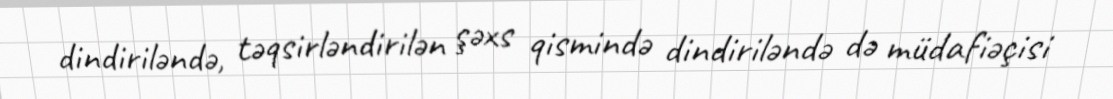
dindiriləndə, təqsirləndirilən şəxs qismində dindiriləndə də müdafiəçisi